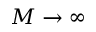
M \rightarrow \infty